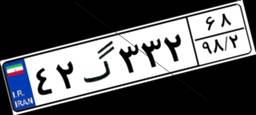
۴۲گ۳۳۲۶۸